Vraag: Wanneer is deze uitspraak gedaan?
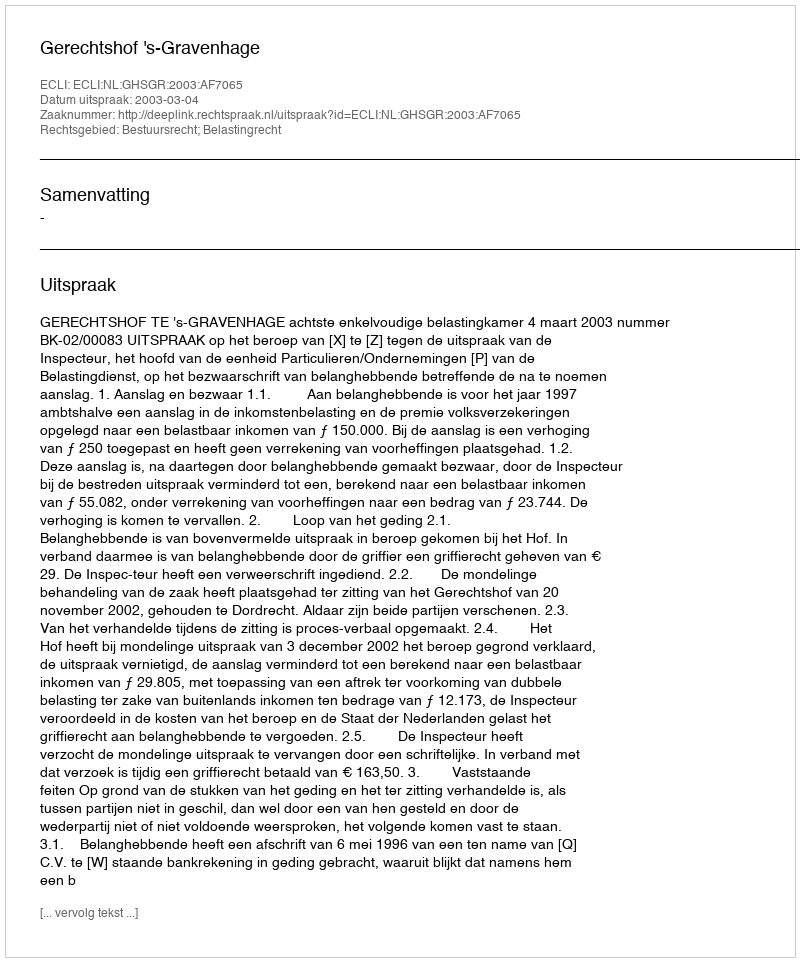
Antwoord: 2003-03-04